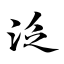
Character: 泛